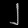
Digit: ၂